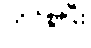
ကိုင်စွဲပြီး